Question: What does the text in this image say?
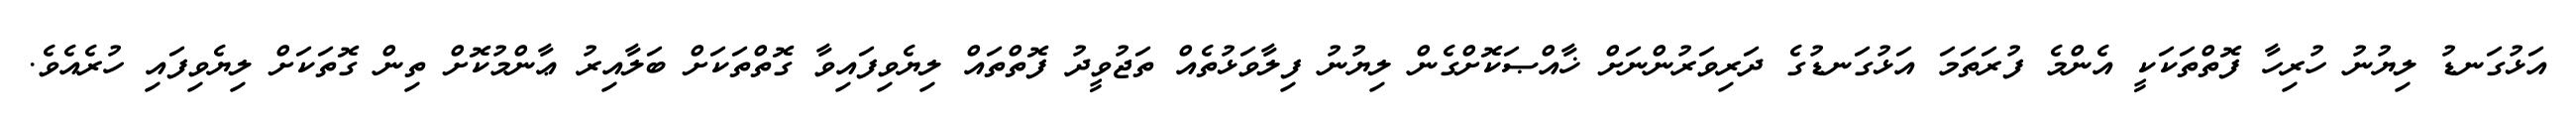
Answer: އަޅުގަނޑު ލިޔުނު ހުރިހާ ފޮތްތަކަކީ އެންމެ ފުރަތަމަ އަޅުގަނޑުގެ ދަރިވަރުންނަށް ޚާއްޞަކޮށްގެން ލިޔުނު ފިލާވަޅުތެއް ތަޖުވީދު ފޮތްތައް ލިޔެވިފައިވާ ގޮތްތަކަށް ބަލާއިރު ޢާންމުކޮށް ތިން ގޮތަކަށް ލިޔެވިފައި ހުރެއެވެ.